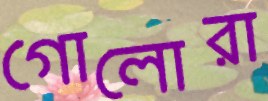
গোলোরা